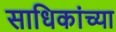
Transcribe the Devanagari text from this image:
साधिकांच्या